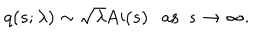
q ( s ; \lambda ) \sim \sqrt { \lambda } \mathrm { A i } ( s ) \ \ \ \mathrm { a s } \ \ s \rightarrow \infty .